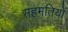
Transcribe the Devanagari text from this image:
सहमतियों